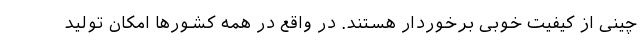
چینی از کیفیت خوبی برخوردار هستند. در واقع در همه کشورها امکان تولید